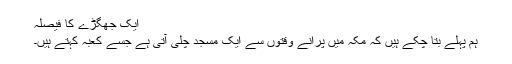
ایک جھگڑے کا فیصلہ
ہم پہلے بتا چکے ہیں کہ مکہ میں پرانے وقتوں سے ایک مسجد چلی آتی ہے جسے کعبہ کہتے ہیں۔